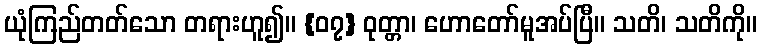
ယုံကြည်တတ်သော တရားဟူ၍။ {၀၇} ဝုတ္တာ၊ ဟောတော်မူအပ်ပြီ။ သတိ၊ သတိကို။